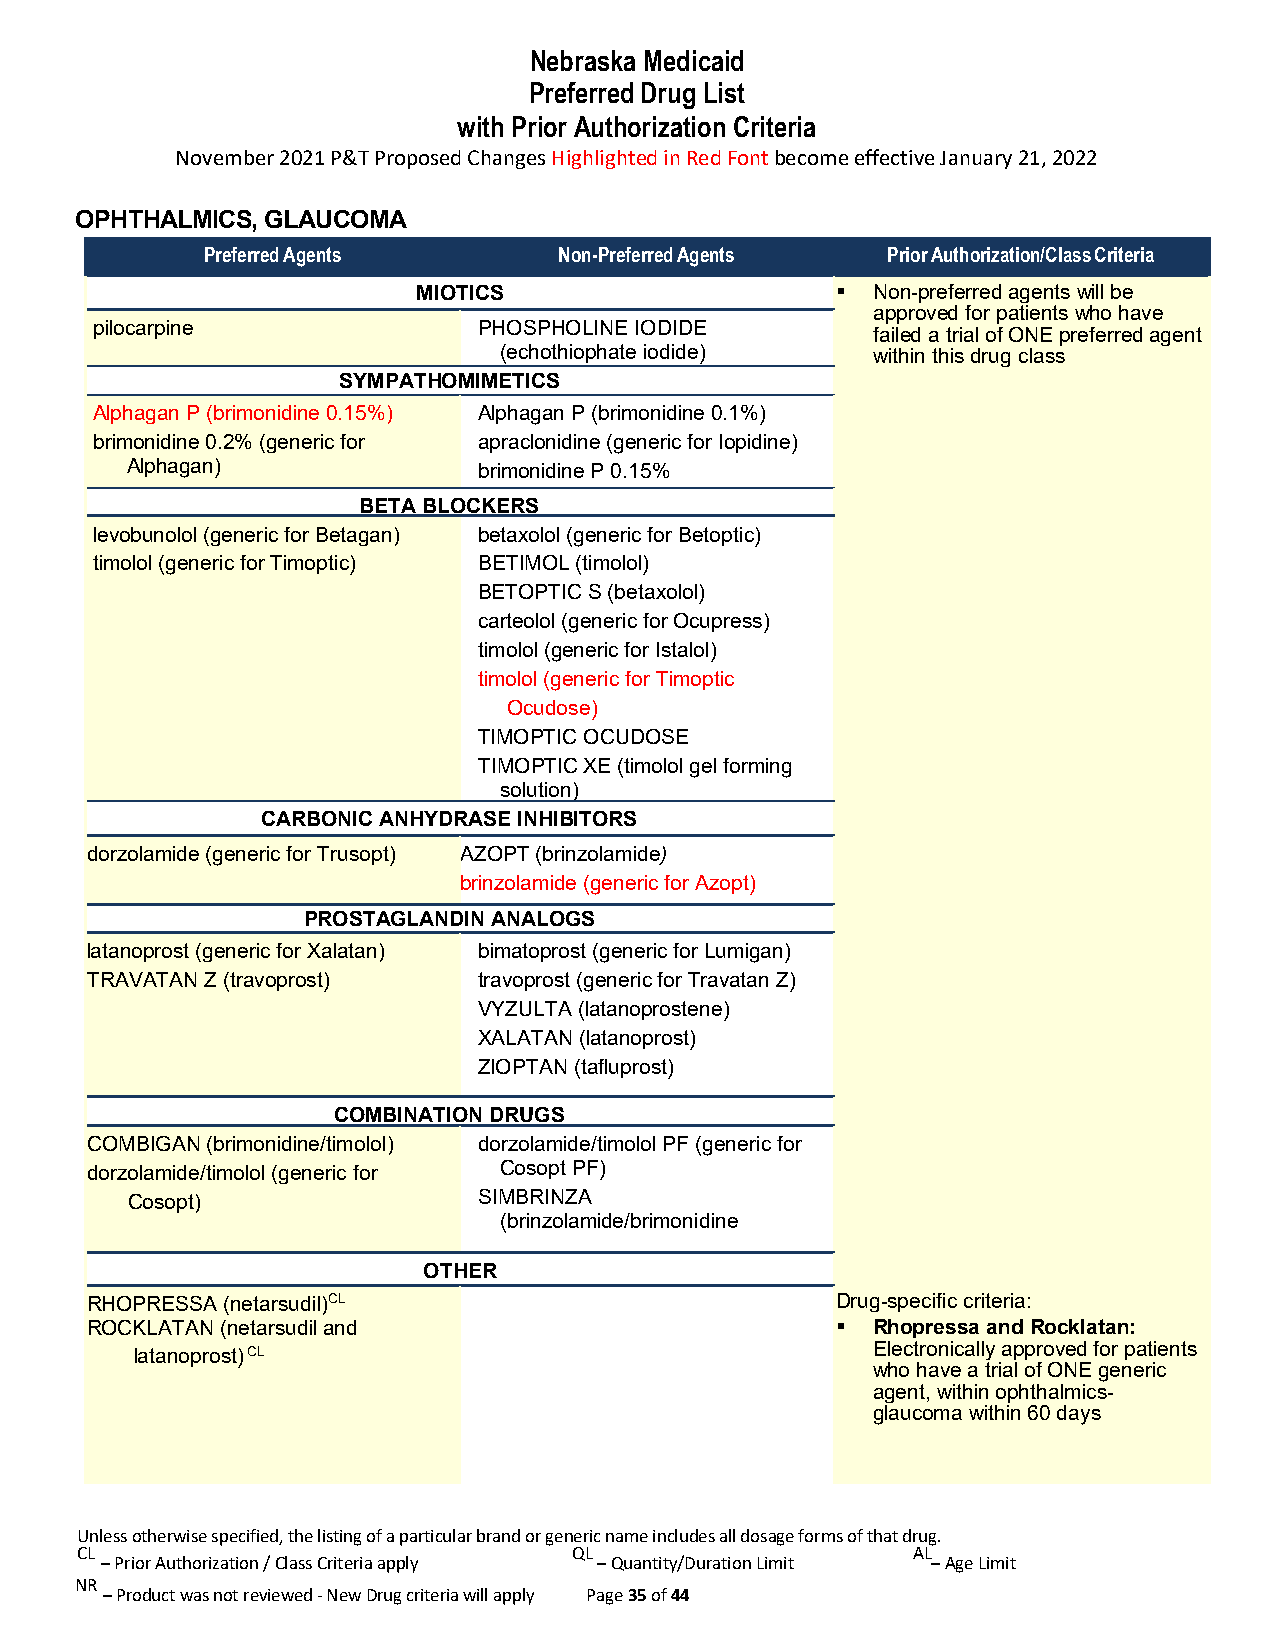
Nebraska Medicaid
 Preferred Drug List
 with Prior Authorization Criteria
 November 2021 P&T Proposed Changes Highlighted in Red Font become effective January 21, 2022
 OPHTHALMICS, GLAUCOMA
 Preferred Agents        Non-Preferred Agents  Prior Authorization/Class Criteria
 MIOTICS                      Non-preferred agents will be
 approved for patients who have
 pilocarpine               PHOSPHOLINE IODIDE
 failed a trial of ONE preferred agent
 (echothiophate iodide)   within this drug class
 SYMPATHOMIMETICS
 Alphagan P (brimonidine 0.15%) Alphagan P (brimonidine 0.1%)
 brimonidine 0.2% (generic for apraclonidine (generic for Iopidine)
 Alphagan)               brimonidine P 0.15%
 BETA BLOCKERS
 levobunolol (generic for Betagan) betaxolol (generic for Betoptic)
 timolol (generic for Timoptic) BETIMOL (timolol)
 BETOPTIC S (betaxolol)
 carteolol (generic for Ocupress)
 timolol (generic for Istalol)
 timolol (generic for Timoptic
 Ocudose)
 TIMOPTIC OCUDOSE
 TIMOPTIC XE (timolol gel forming
 solution)
 CARBONIC ANHYDRASE INHIBITORS
 dorzolamide (generic for Trusopt) AZOPT (brinzolamide)
 brinzolamide (generic for Azopt)
 PROSTAGLANDIN ANALOGS
 latanoprost (generic for Xalatan) bimatoprost (generic for Lumigan)
 TRAVATAN Z (travoprost)   travoprost (generic for Travatan Z)
 VYZULTA (latanoprostene)
 XALATAN (latanoprost)
 ZIOPTAN (tafluprost)
 COMBINATION DRUGS
 COMBIGAN (brimonidine/timolol) dorzolamide/timolol PF (generic for
 dorzolamide/timolol (generic for Cosopt PF)
 Cosopt)                 SIMBRINZA
 (brinzolamide/brimonidine
 OTHER
 RHOPRESSA (netarsudil)CL                         Drug-specific criteria:
 ROCKLATAN (netarsudil and                          Rhopressa and Rocklatan:
 latanoprost) CL                                  Electronically approved for patients
 who have a trial of ONE generic
 agent, within ophthalmics-
 glaucoma within 60 days
 Unless otherwise specified, the listing of a particular brand or generic name includes all dosage forms of that drug.
 CL                               QL                    AL
 – Prior Authorization / Class Criteria apply – Quantity/Duration Limit – Age Limit
 NR
 – Product was not reviewed - New Drug criteria will apply Page 35 of 44